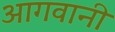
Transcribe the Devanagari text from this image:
आगवानी